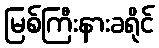
မြစ်ကြီးနားခရိုင်